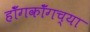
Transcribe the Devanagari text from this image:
हॉँगकॉँगच्या